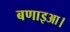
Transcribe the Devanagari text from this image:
बणाइआ।